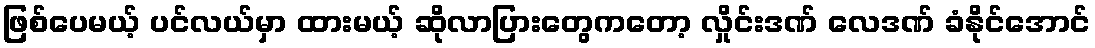
ဖြစ်ပေမယ့် ပင်လယ်မှာ ထားမယ့် ဆိုလာပြားတွေကတော့ လှိုင်းဒဏ် လေဒဏ် ခံနိုင်အောင်